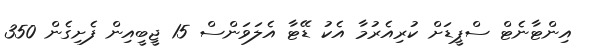
އިންޓާނެޓް ސްޕީޑަށް ކުރިއެރުމާ އެކު ޑޭޓާ އެލަވަންސް 15 ޖީބީއިން ފެށިގެން 350